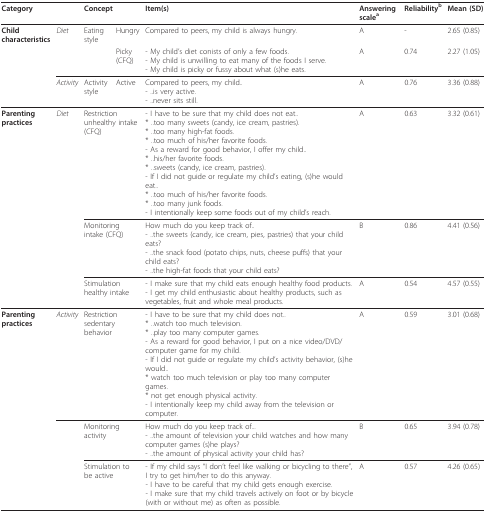
<table><thead><tr><td><b>Category</b></td><td></td><td colspan="2"><b>Concept</b></td><td><b>Item(s)</b></td><td><b>Answering scale<sup>a</sup></b></td><td><b>Reliability<sup>b</sup></b></td><td><b>Mean (SD)</b></td></tr></thead><tbody><tr><td><b>Child characteristics</b></td><td><i>Diet</i></td><td>Eating style</td><td>Hungry</td><td>Compared to peers, my child is always hungry.</td><td>A</td><td>-</td><td>2.65 (0.85)</td></tr><tr><td></td><td></td><td></td><td>Picky (CFQ)</td><td>- My child&#x27;s diet conists of only a few foods.- My child is unwilling to eat many of the foods I serve.- My child is picky or fussy about what (s)he eats.</td><td>A</td><td>0.74</td><td>2.27 (1.05)</td></tr><tr><td></td><td><i>Activity</i></td><td>Activity style</td><td>Active</td><td>Compared to peers, my child..- ..is very active.- ..never sits still.</td><td>A</td><td>0.76</td><td>3.36 (0.88)</td></tr><tr><td><b>Parenting practices</b></td><td><i>Diet</i></td><td colspan="2">Restriction unhealthy intake (CFQ)</td><td>- I have to be sure that my child does not eat..* ..too many sweets (candy, ice cream, pastries).* ..too many high-fat foods.* ..too much of his/her favorite foods.- As a reward for good behavior, I offer my child..* ..his/her favorite foods.* ..sweets (candy, ice cream, pastries).- If I did not guide or regulate my child&#x27;s eating, (s)he would eat..* ..too much of his/her favorite foods.* ..too many junk foods.- I intentionally keep some foods out of my child&#x27;s reach.</td><td>A</td><td>0.63</td><td>3.32 (0.61)</td></tr><tr><td></td><td></td><td colspan="2">Monitoring intake (CFQ)</td><td>How much do you keep track of..- ..the sweets (candy, ice cream, pies, pastries) that your child eats?- ..the snack food (potato chips, nuts, cheese puffs) that your child eats?- ..the high-fat foods that your child eats?</td><td>B</td><td>0.86</td><td>4.41 (0.56)</td></tr><tr><td></td><td></td><td colspan="2">Stimulation healthy intake</td><td>- I make sure that my child eats enough healthy food products.- I get my child enthusiastic about healthy products, such as vegetables, fruit and whole meal products.</td><td>A</td><td>0.54</td><td>4.57 (0.55)</td></tr><tr><td><b>Parenting practices</b></td><td><i>Activity</i></td><td colspan="2">Restriction sedentary behavior</td><td>- I have to be sure that my child does not..* ..watch too much television.* ..play too many computer games.- As a reward for good behavior, I put on a nice video/DVD/computer game for my child.- If I did not guide or regulate my child&#x27;s activity behavior, (s)he would..* watch too much television or play too many computer games.* not get enough physical activity.- I intentionally keep my child away from the television or computer.</td><td>A</td><td>0.59</td><td>3.01 (0.68)</td></tr><tr><td></td><td></td><td colspan="2">Monitoring activity</td><td>How much do you keep track of...- ..the amount of television your child watches and how many computer games (s)he plays?- ..the amount of physical activity your child has?</td><td>B</td><td>0.65</td><td>3.94 (0.78)</td></tr><tr><td></td><td></td><td colspan="2">Stimulation to be active</td><td>- If my child says &quot;I don&#x27;t feel like walking or bicycling to there&quot;, I try to get him/her to do this anyway.- I have to be careful that my child gets enough exercise.- I make sure that my child travels actively on foot or by bicycle (with or without me) as often as possible.</td><td>A</td><td>0.57</td><td>4.26 (0.65)</td></tr></tbody></table>